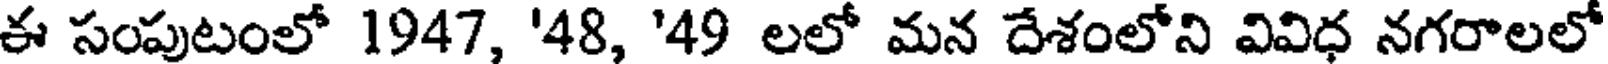
ఈ సంపుటంలో 1947, '48, '49 లలో మన దేశంలోని వివిధ నగరాలలో